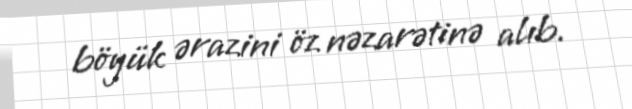
böyük ərazini öz nəzarətinə alıb.